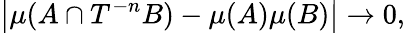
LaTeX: \left|\mu(A\cap T^{-n}B)-\mu(A)\mu(B)\right|\to 0,